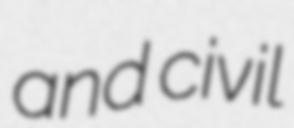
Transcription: and civil